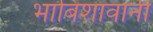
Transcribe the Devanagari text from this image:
भाबिशावानी